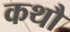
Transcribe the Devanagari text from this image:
कथौ